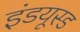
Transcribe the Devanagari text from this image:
इंडयूस्ड